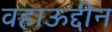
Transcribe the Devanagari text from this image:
वहाऊद्दीन